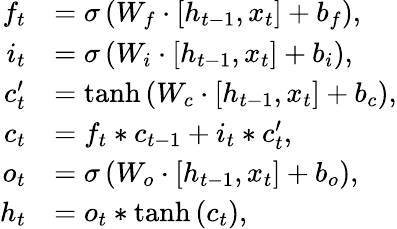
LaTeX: \begin{array}{rl}{f_{t}}&{=\sigma\left(W_{f}\cdot\left[h_{t-1},x_{t}\right]+b_{f}\right),}\\ {i_{t}}&{=\sigma\left(W_{i}\cdot\left[h_{t-1},x_{t}\right]+b_{i}\right),}\\ {c_{t}^{\prime}}&{=\operatorname{tanh}\left(W_{c}\cdot\left[h_{t-1},x_{t}\right]+b_{c}\right),}\\ {c_{t}}&{=f_{t}*c_{t-1}+i_{t}*c_{t}^{\prime},}\\ {o_{t}}&{=\sigma\left(W_{o}\cdot\left[h_{t-1},x_{t}\right]+b_{o}\right),}\\ {h_{t}}&{=o_{t}*\operatorname{tanh}\left(c_{t}\right),}\end{array}